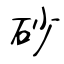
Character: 砂